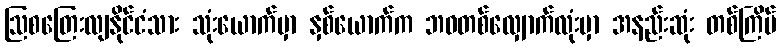
ဩစတြေးလျနိုင်ငံသား သုံးယောက်မှာ နှစ်ယောက်က ဘဝတစ်လျှောက်လုံးမှာ အနည်းဆုံး တစ်ကြိမ်